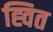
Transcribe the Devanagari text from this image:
ह्वित